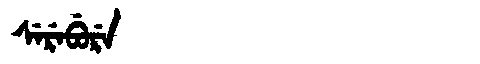
Manchu: ᠰᡝᡵᡝᠪᡠᡵᡝ
Romanization: SEREBURE